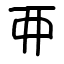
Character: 𫝁